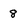
Character: 8